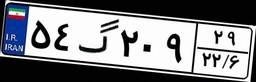
۵۴گ۲۰۹۲۹